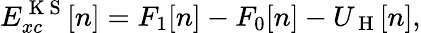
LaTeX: E_{xc}^{\mathrm{~K~S~}}[n]=F_{1}[n]-F_{0}[n]-U_{\mathrm{~H~}}[n],